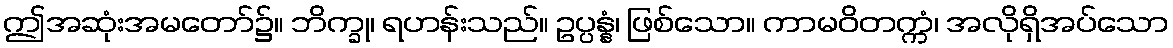
ဤအဆုံးအမတော်၌။ ဘိက္ခု၊ ရဟန်းသည်။ ဥပ္ပန္နံ၊ ဖြစ်သော။ ကာမဝိတက္ကံ၊ အလိုရှိအပ်သော